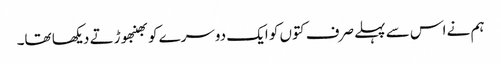
ہم نے اس سے پہلے صرف کتوں کو ایک دوسرے کو بھنبھوڑتے دیکھا تھا۔